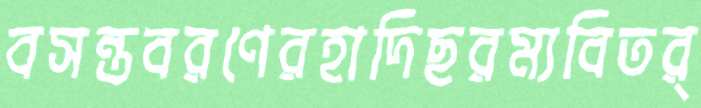
বসন্তবরণেরহাদিছরম্যবিতর্